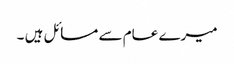
میرے عام سے مسائل ہیں ۔